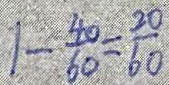
1 - \frac { 4 0 } { 6 0 } = \frac { 2 0 } { 6 0 }